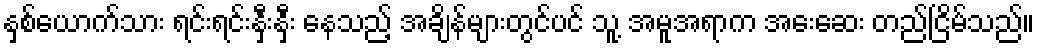
နှစ်ယောက်သား ရင်းရင်းနှီးနှီး နေသည့် အချိန်များတွင်ပင် သူ့ အမူအရာက အေးဆေး တည်ငြိမ်သည်။